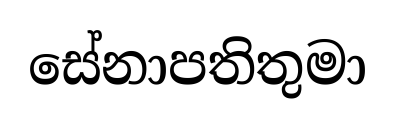
සේනාපතිතුමා